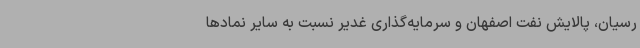
رسیان، پالایش نفت اصفهان و سرمایه‌گذاری غدیر نسبت به سایر نمادها